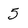
Character: 5